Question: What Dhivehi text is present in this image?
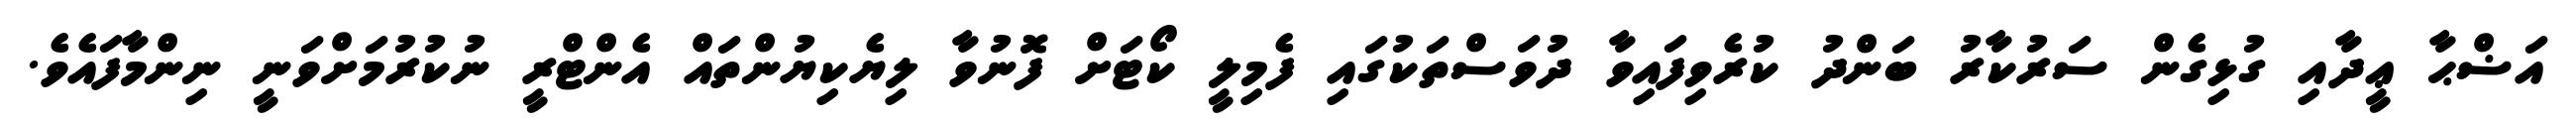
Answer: އަޟްޙާ ޢީދާއި ގުޅިގެން ސަރުކާރު ބަންދު ކުރެވިފައިވާ ދުވަސްތަކުގައި ފެމިލީ ކޯޓަށް ފޮނުވާ ލިޔެކިޔުންތައް އެންޓްރީ ނުކުރުމަށްވަނީ ނިންމާފައެވެ.